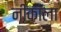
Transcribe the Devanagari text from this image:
नीकॉला